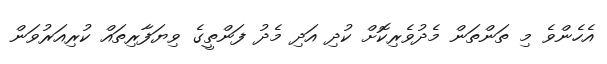
އެހެންވެ މި ތަންތަން މެދުވެރިކޮށް ކުދި އަދި މެދު ފަންތީގެ ވިޔަފާރިތައް ކުރިއަރުވަން